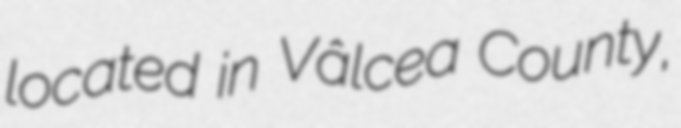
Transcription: located in Vâlcea County,